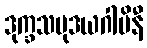
ဒုက္ခသမုဒယဂါမိနီ